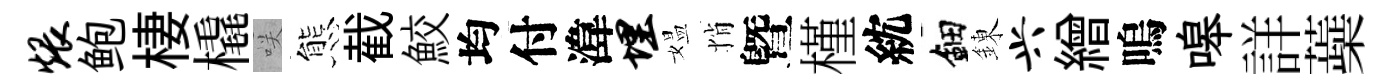
煨鲍棲橇咲態截鮫均付湋埋媪悄曁槿紞鈿錬兴繒嗚嗥詳蘃